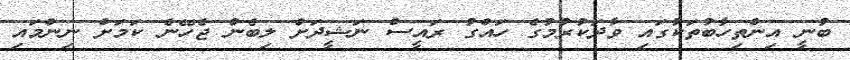
ބުނީ އިންތިހާބުތަކުގައި ވާދަކުރުމުގެ ހައްގު ރައީސް ނަޝީދަށް ލިބެން ޖެހޭނެ ކަމަށް ނިންމައި